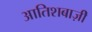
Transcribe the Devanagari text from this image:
आतिशबाज़ीे